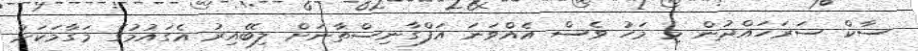
ސާކް ސަރަހައްދުން މި މަހު ވެސް އެއްވަނަ އަފްގާނިސްތާނަށް ލިބޭއިރު އެގައުމުގެ މަގާމަކަށް